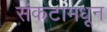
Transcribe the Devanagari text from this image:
संकटामधून